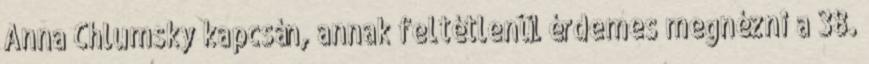
Anna Chlumsky kapcsán, annak feltétlenül érdemes megnézni a 38.